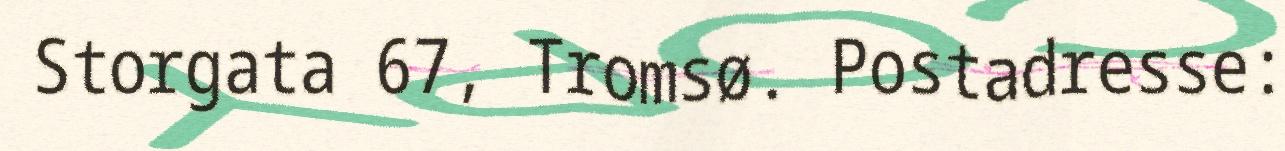
Storgata 67, Tromsø. Postadresse: